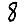
Digit: 8